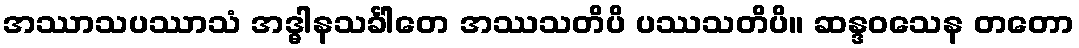
အဿာသပဿာသံ အဒ္ဓါနသင်္ခါတေ အဿသတိပိ ပဿသတိပိ။ ဆန္ဒဝသေန တတော